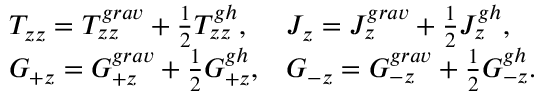
\begin{array} { l l } { { { \cal T } _ { z z } = T _ { z z } ^ { g r a v } + { \frac { 1 } { 2 } } T _ { z z } ^ { g h } , } } & { { { \cal J } _ { z } = J _ { z } ^ { g r a v } + { \frac { 1 } { 2 } } J _ { z } ^ { g h } , } } \\ { { { \cal G } _ { + z } = { G } _ { + z } ^ { g r a v } + { \frac { 1 } { 2 } } { G } _ { + z } ^ { g h } , } } & { { { \cal G } _ { - z } = G _ { - z } ^ { g r a v } + { \frac { 1 } { 2 } } G _ { - z } ^ { g h } . } } \end{array}